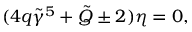
( 4 q \tilde { \gamma } ^ { 5 } + \tilde { Q } \pm 2 ) \eta = 0 ,